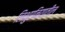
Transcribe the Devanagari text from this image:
लिथुएनियातील